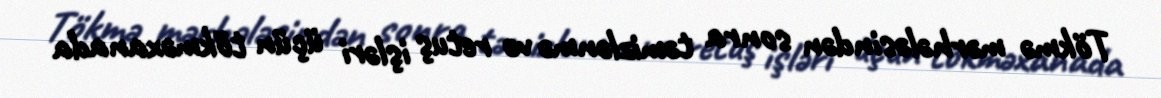
Tökmə mərhələsindən sonra təmizlənmə və retuş işləri üçün tökməxanada